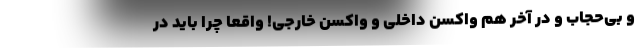
و بی‌حجاب و در آخر هم واکسن داخلی و واکسن خارجی! واقعا چرا باید در